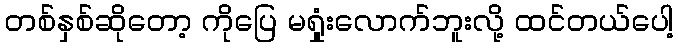
တစ်နှစ်ဆိုတော့ ကိုပြေ မရှုံးလောက်ဘူးလို့ ထင်တယ်ပေါ့